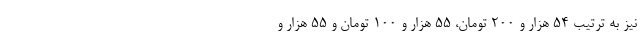
نیز به ترتیب ۵۴ هزار و ۲۰۰ تومان، ۵۵ هزار و ۱۰۰ تومان و ۵۵ هزار و